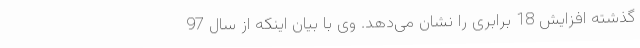
گذشته افزایش 18 برابری را نشان می‌دهد. وی با بیان اینکه از سال 97